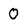
Character: 0